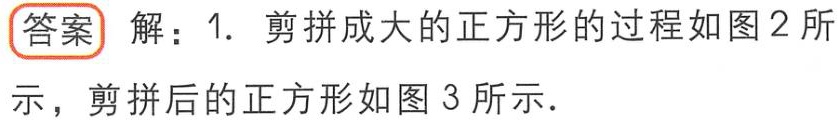
答案 解：1. 剪拼成大的正方形的过程如图2所示，剪拼后的正方形如图3所示．